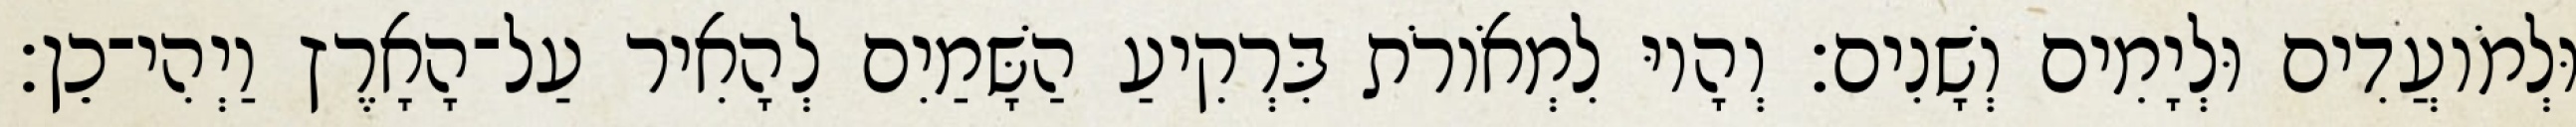
וּלְמֹועֲדִים וּלְיָמִים וְשָׁנִים׃ וְהָיוּ לִמְאֹורֹת בִּרְקִיעַ הַשָּׁמַיִם לְהָאִיר עַל־הָאָרֶץ וַיְהִי־כֵן׃